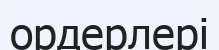
ордерлері